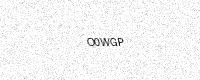
Text: O0WGP